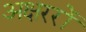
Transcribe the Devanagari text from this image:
अक्षररों